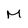
Character: M